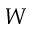
W